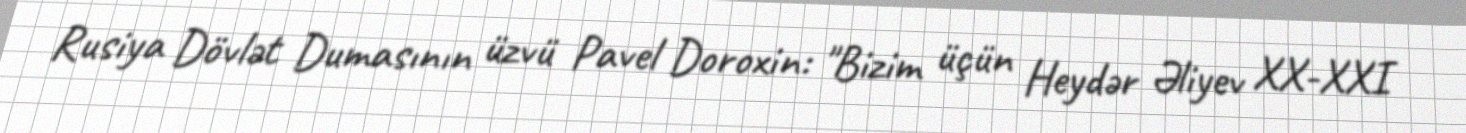
Rusiya Dövlət Dumasının üzvü Pavel Doroxin: "Bizim üçün Heydər Əliyev XX-XXI